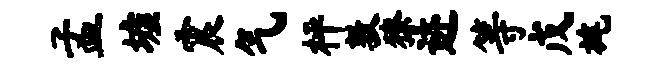
孟墟震气枰敦獠迹等戊旄